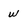
Character: w